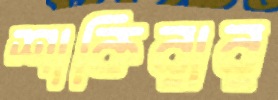
শাকিরার